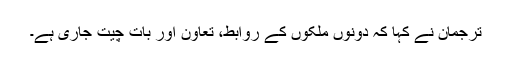
ترجمان نے کہا کہ دونوں ملکوں کے روابط، تعاون اور بات چیت جاری ہے۔